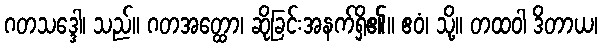
ဂတသဒ္ဒေါ၊ သည်။ ဂတအတ္ထော၊ ဆိုခြင်းအနက်ရှိ၏။ ဧဝံ၊ သို့။ တထဝါ ဒိတာယ၊